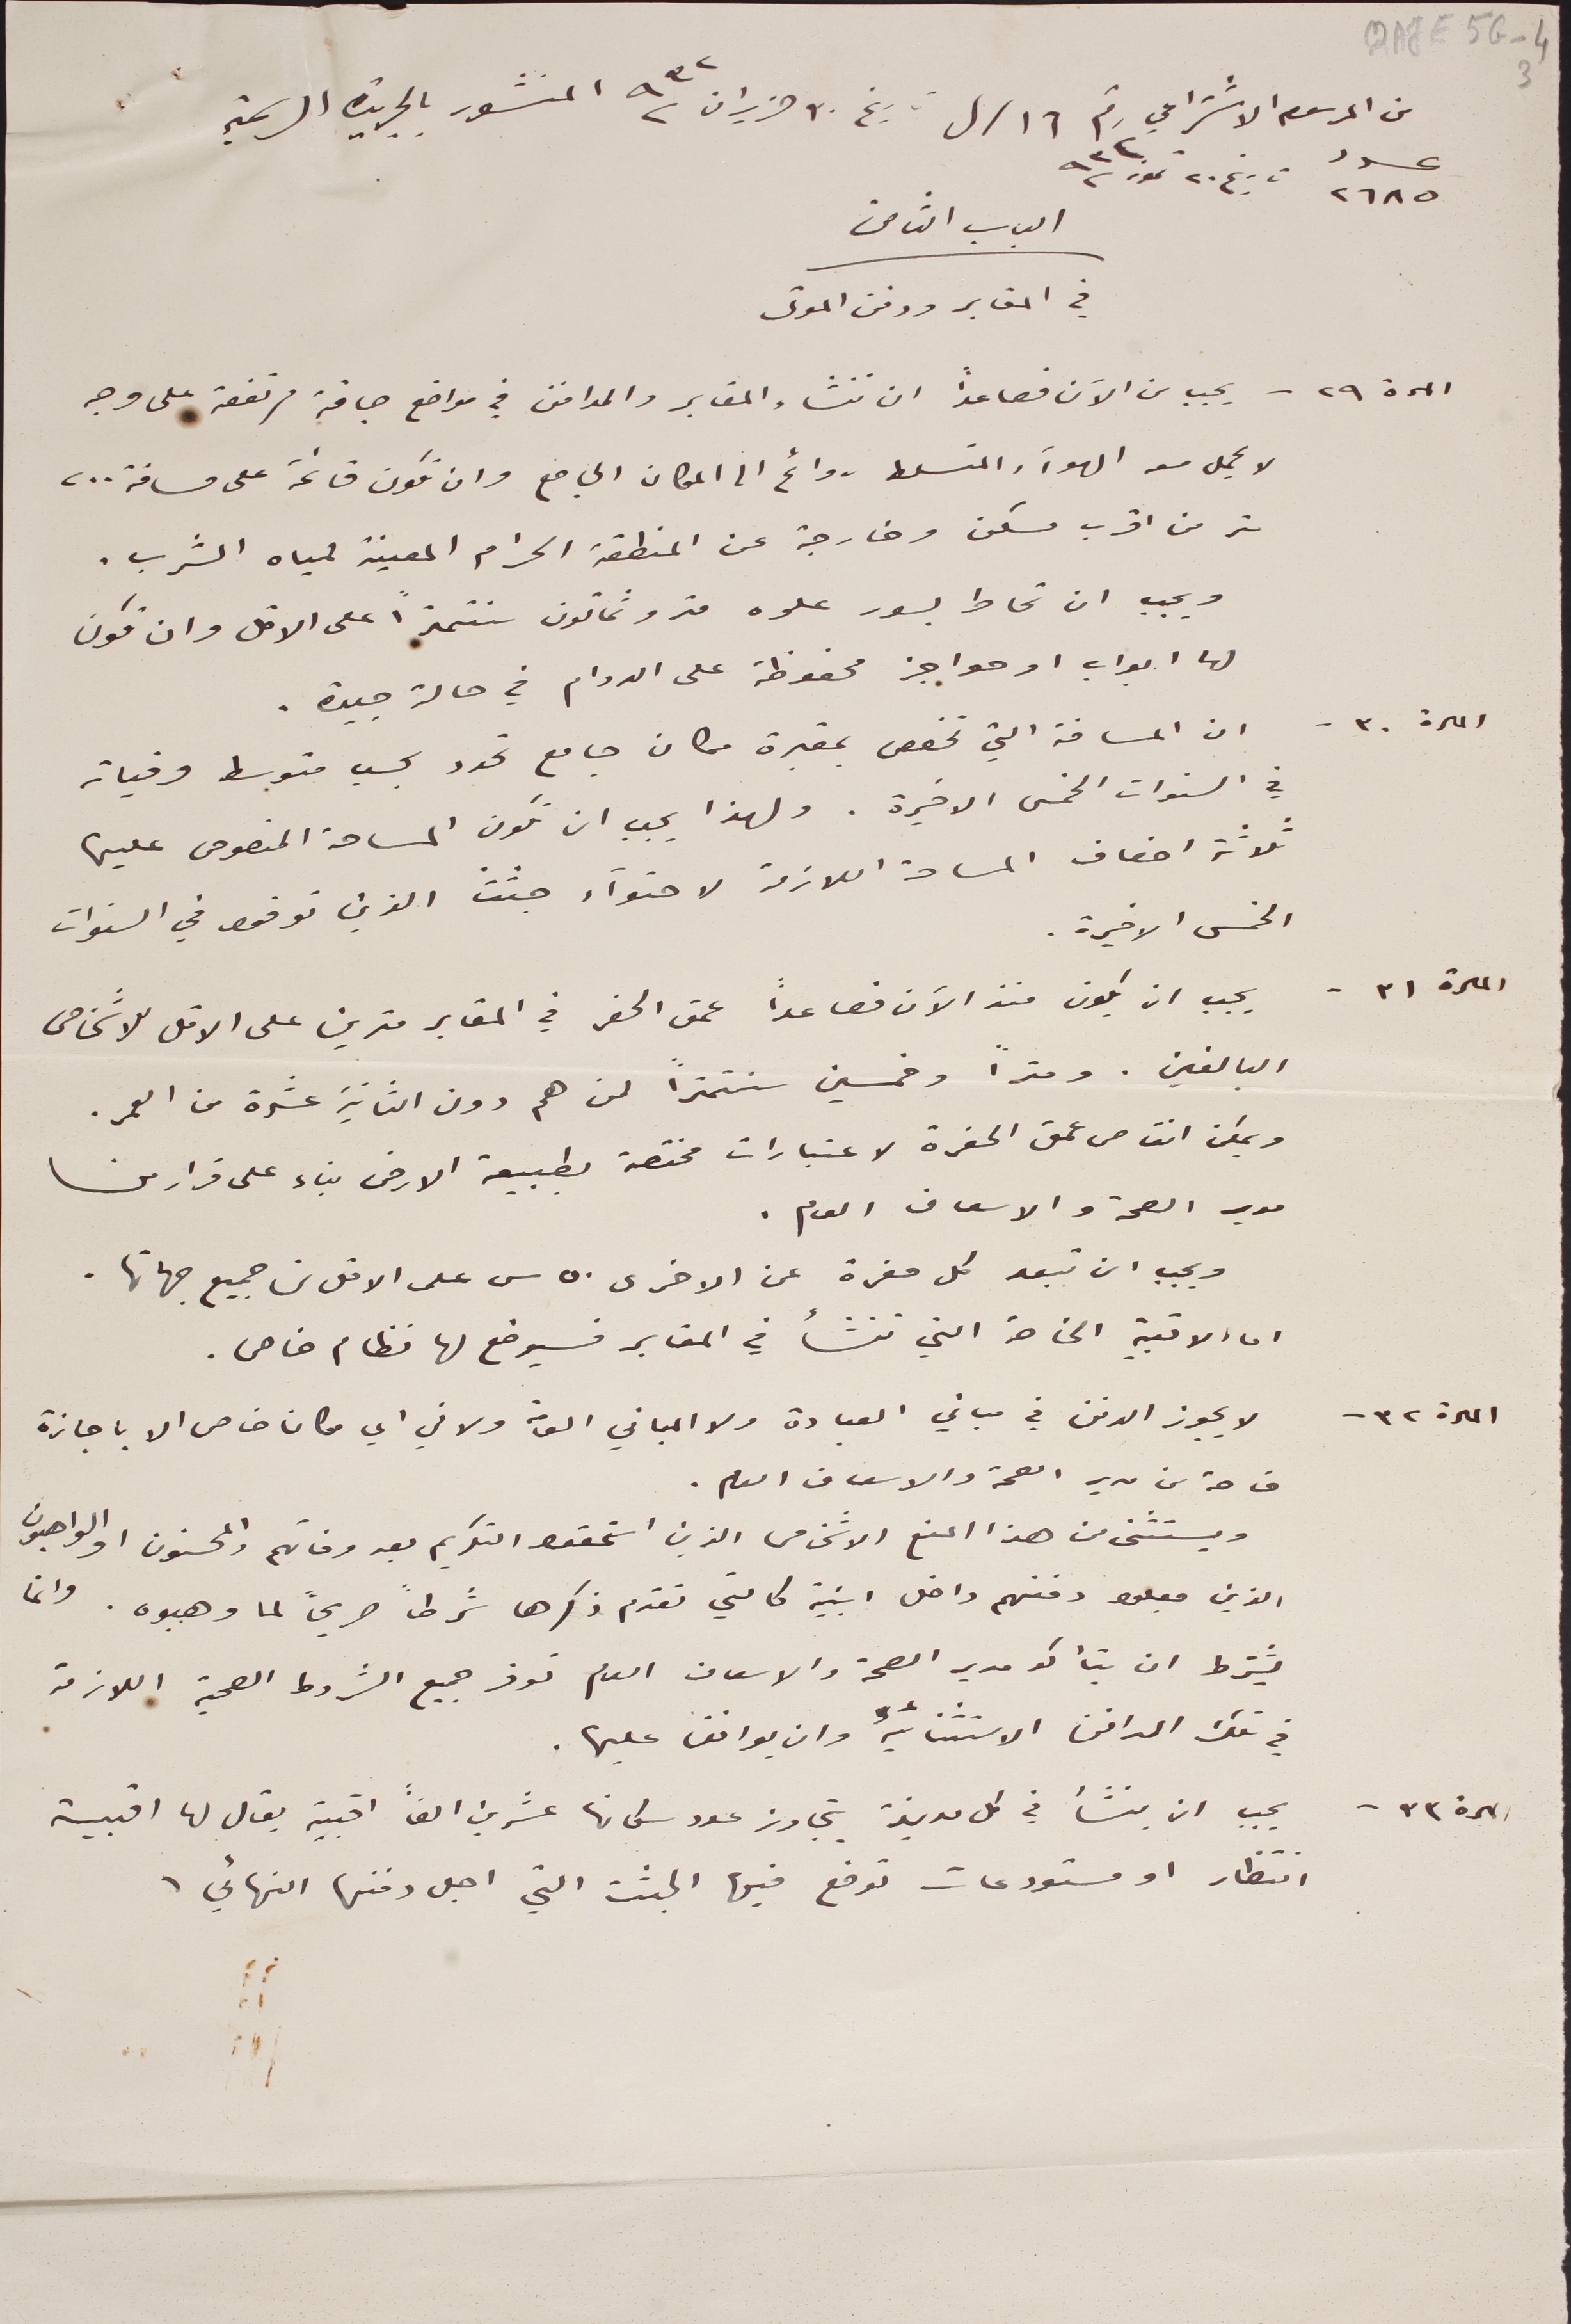
QAJE5G_4 3
من المرسوم الاشتراعي رقم ١٦ /ل تاريخ ٣٠ حزيران ٩٣٢ المنشور بالجريدة الرسمية
عدد ٢٦٨٥ تاريخ ٢٠ تموز ٩٣٢
الباب الثامن
في المقابر ودفن الموتى
المادة ٢٩ - يجب من الآن فصاعداً ان تنشاء المقابر والمدافن في مواضع جافة مرتفعة على وجه
لا يحمل معه الهواء والمتسلط روائح الى المكان الجامع وان تكون قائمة على مسافة ٢٠٠
متر من اقرب مسكن وخارجة عن المنطقة الحرام المعينة لمياه الشرب.
ويجب  ان تحاط بسور علوه متر وثمانون سنتمتراً على الاقل وان تكون
لها ابواب او حواجز محفوظة على الدوام في حالة جيدة.
المادة: ٣٠ - ان المسافة الت تخصص بمقبرة مكان جامع تحدد بحسب متوسط وفيات
في السنوات الخمس الاخيرة. ولهذا يجب ان تكون المساحة المنصوص عليها
ثلاثة اضعاف المساحة اللازمة لاحتواء جثث الذين توفوا في السنوات
الخمس الاخيرة.
المادة ٣١ - يجب ان يكون منذ الآن فصاعداً عمق الحفر في المقابر مترين على الاقل للاشخاص
البالغين. ومتراً وخمسين سنتمتراً لمن هم دون الثانية عشرة من العمر.
ويمكن انقاص من عمق الحفرة لاعتبارات مختصة بطبيعة الارض بناء على قرار من
مدير الصحة والاسعاف العام.
ويجب ان تبعد كل مغرة عن الاخرى ٥٠ س على الاقل من جميع جهاتها.
اما الاقبية الخاصة التي تنشأ في المقابر فسيوضع لها نظام خاص.
المادة ٣٢ - لا يجوز الدفن في مباني العبادة ولا المباني العامة ولا في اي مكان خاص الا باجازة
خاصة من مدير الصحة والاسعاف العام.
ويستثنى من هذا المنع الاشخاص الذين استحقوا التكريم بعد وفاتهم والمحسنون والواهبون
الذين جعلوا دفنهم داخل ابنية كالتي تقدم ذكرها شرطاً صريحاً لما وهبوه. وانما
يشترك ان يتأكد مدير الصحة والاسعاف العام توفر جميع الشروط الصحية اللازمة
في تلك المدافن الاستثنائية وان يوافق عليها.
المادة ٣٣ - يجب ان ينشأ في كل مدينة يتجاوز عدد سكانها عشرين الفاً اقبية يقال لها اقبية
انتظار او مستودعات توضع فيها الجثث التي اجل دفنها النهائي.